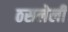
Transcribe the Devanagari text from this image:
ठसलेली